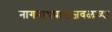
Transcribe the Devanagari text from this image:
नागनाथपाराजवळच्या